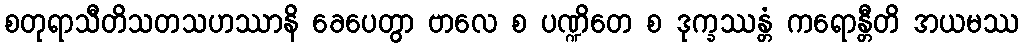
စတုရာသီတိသတသဟဿာနိ ခေပေတွာ ဗာလေ စ ပဏ္ဍိတေ စ ဒုက္ခဿန္တံ ကရောန္တီတိ အယမဿ